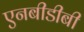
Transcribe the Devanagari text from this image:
एनबीडीबी